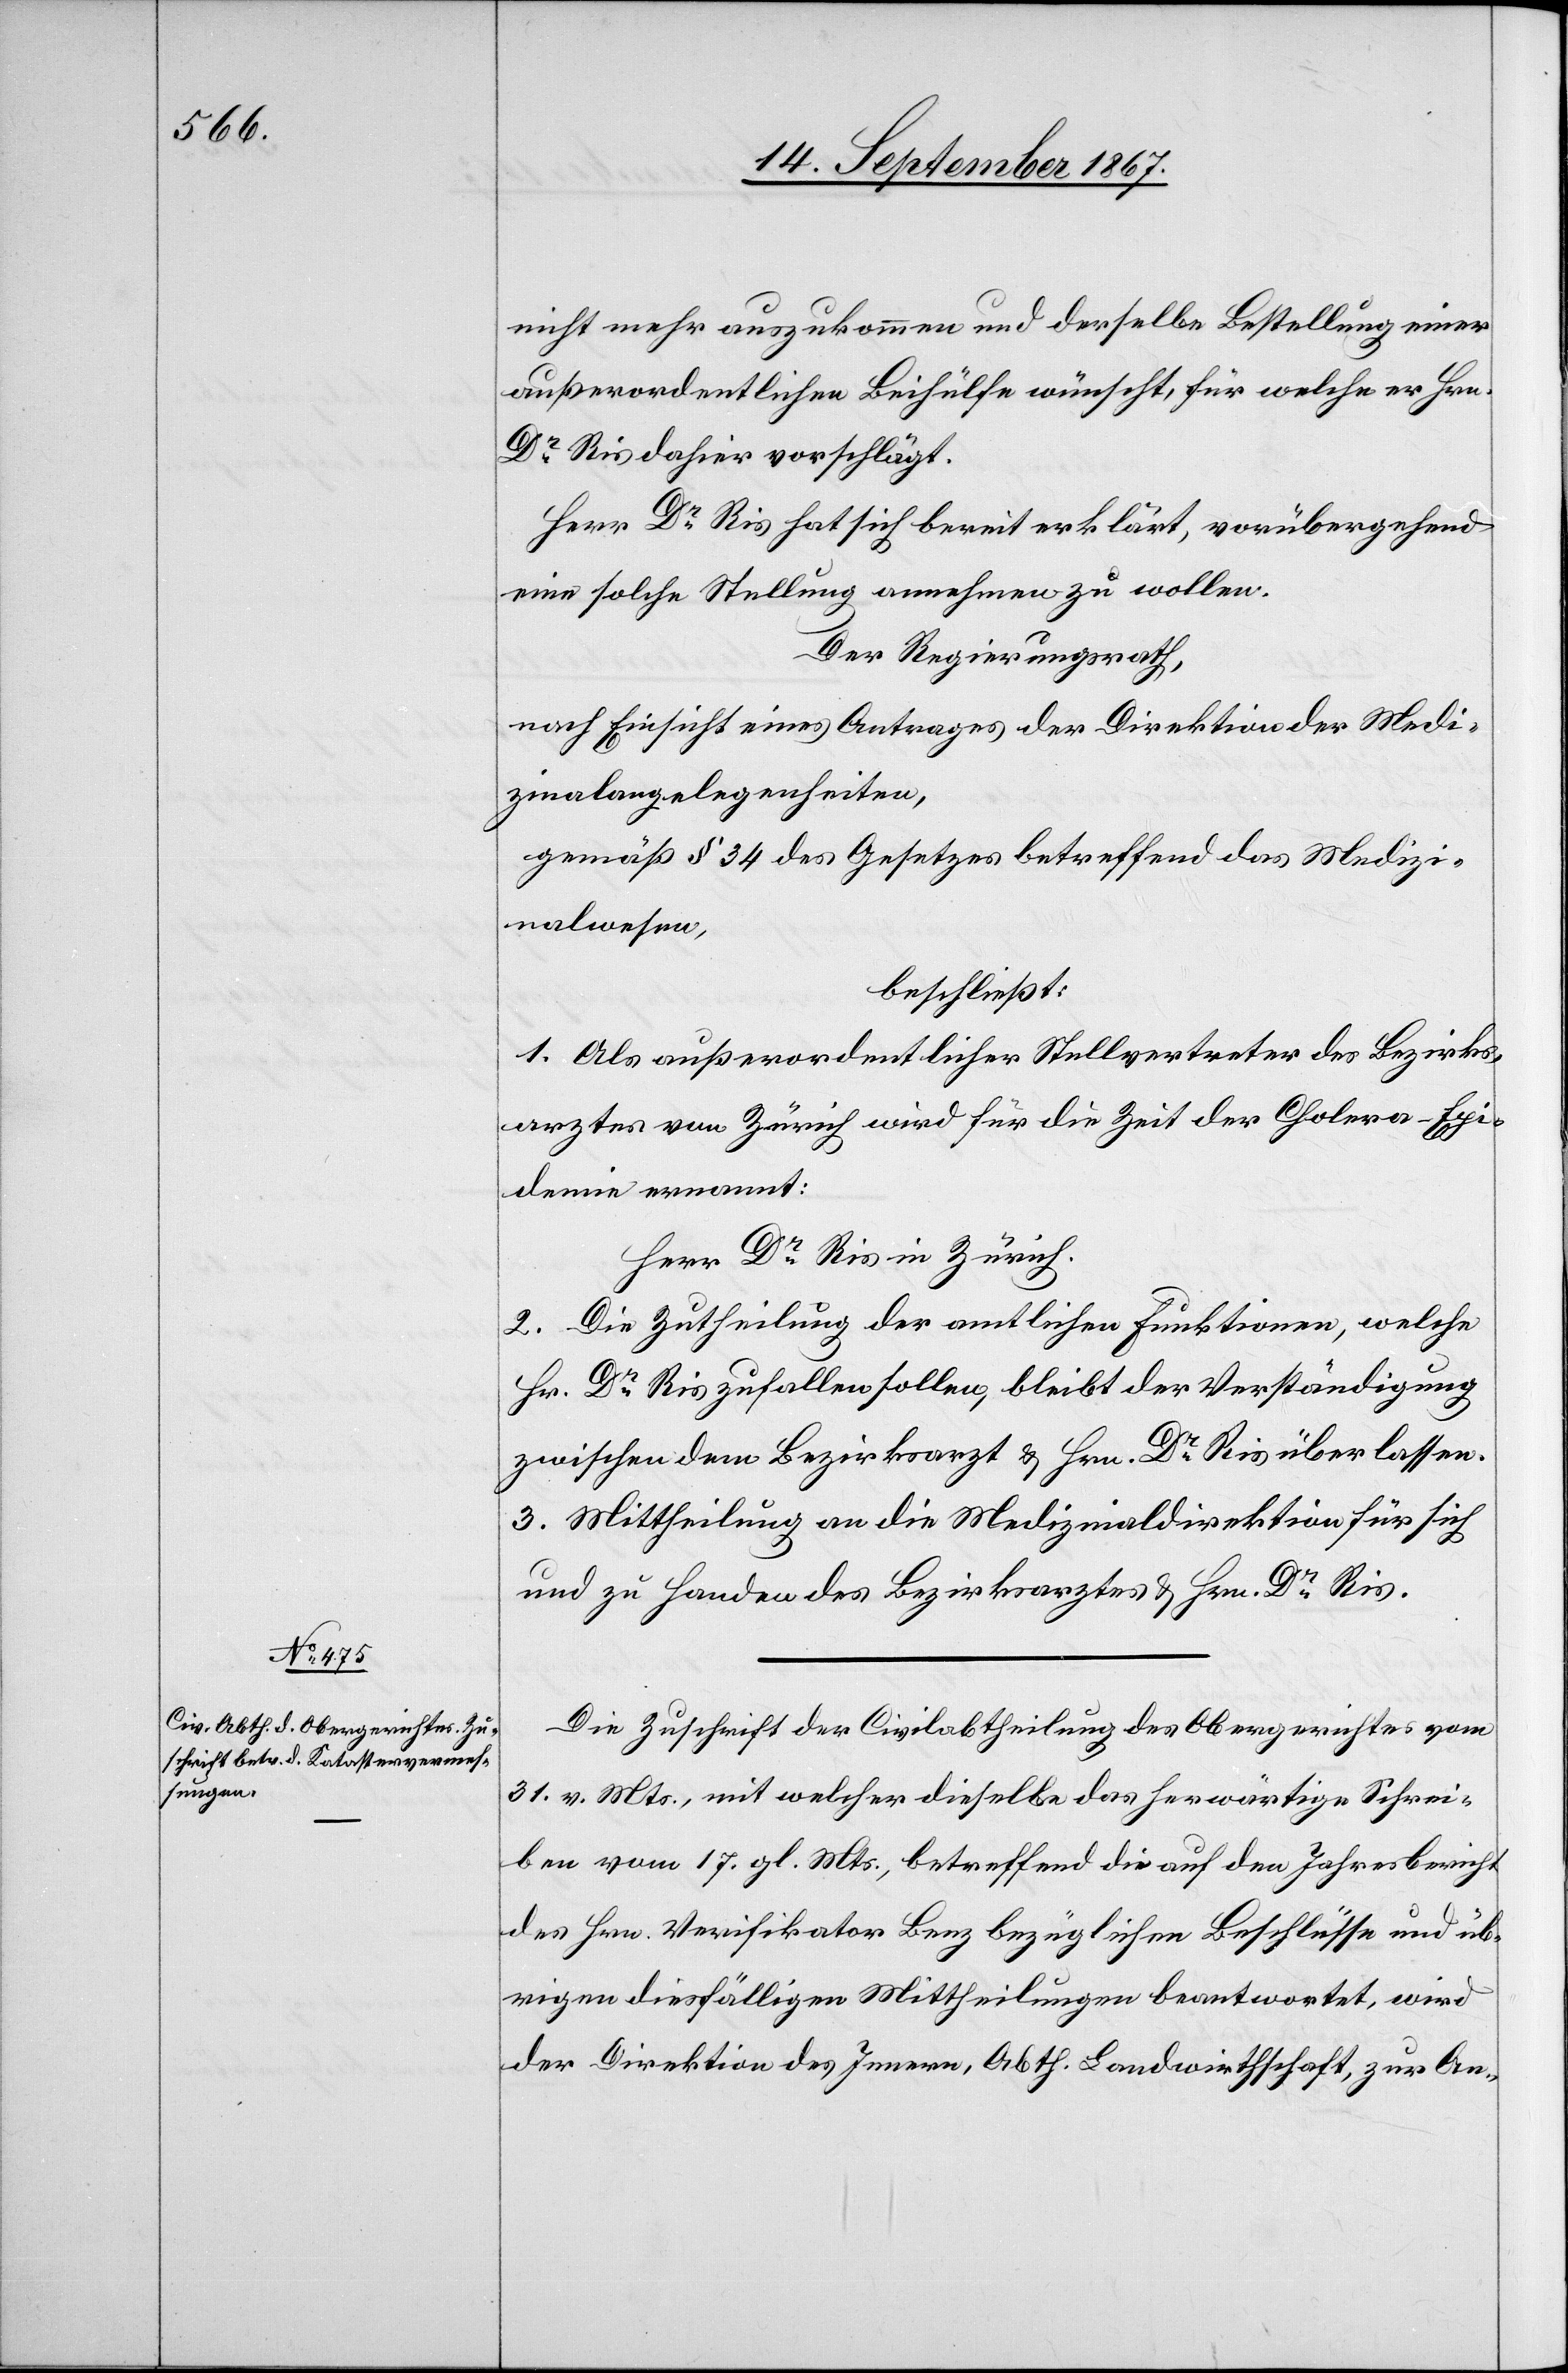
16. September 1867.]
nicht mehr auszukommen und derselbe Bestellung einer
außerordentlichen Beihülfe wünscht, für welche er Hrn.
Dr. Ris dahier vorschlägt.
Herr Dr. Ris hat sich bereit erklärt, vorübergehend
eine solche Stellung annehmen zu wollen.
Der Regierungsrath,
nach Einsicht eines Antrages der Direktion der Medi¬
zinalangelegenheiten,
gemäß § 34 des Gesetzes betreffend das Medizi¬
nalwesen,
beschließt:
1. Als außerordentlicher Stellvertreter des Bezirks¬
arztes von Zürich wird für die Zeit der Cholera-Epi¬
demie ernannt:
Herr Dr. Ris in Zürich.
2. Die Zutheilung der amtlichen Funktionen, welche
Hr. Dr. Ris zufallen sollen, bleibt der Verständigung
zwischen dem Bezirksarzt u. Hrn. Dr. Ris überlassen.
3. Mittheilung an die Medizinaldirektion für sich
und zu Handen des Bezirksarztes u. Hrn. Dr. Ris.
Die Zuschrift der Civilabtheilung des Obergerichtes vom
31. v. Mts., mit welcher dieselbe das herwärtige Schrei¬
ben vom 17. gl. Mts., betreffend die auf den Jahresbericht
des Hrn. Verifikator Benz bezüglichen Beschlüsse und üb¬
rigen diesfälligen Mittheilungen beantwortet, wird
der Direktion des Innern, Abth. Landwirthschaft, zur An-